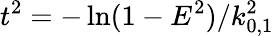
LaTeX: t^{2}=-\ln(1-E^{2})/k_{0,1}^{2}